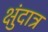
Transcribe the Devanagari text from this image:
क्षुंदात्र